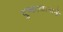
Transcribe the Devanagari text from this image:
दुष्काळाकडे